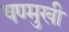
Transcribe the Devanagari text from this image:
षण्मुखी